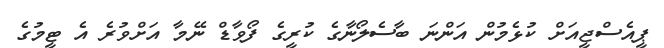
ޕީއެސްޖީއަށް ކުޅެމުން އަންނަ ބާސެލޯނާގެ ކުރީގެ ފޯވާޑް ނޭމާ އަށްވުރެ އެ ޓީމުގެ